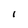
Character: I